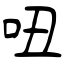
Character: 吜